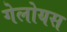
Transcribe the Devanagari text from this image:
गेलोयस